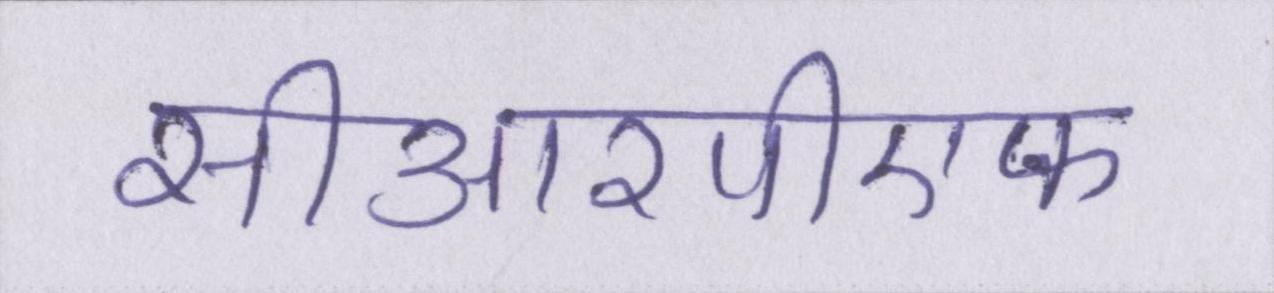
सीआरपीएफ